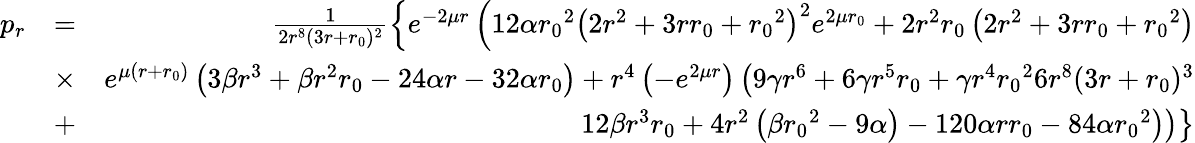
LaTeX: \begin{array}{rlr}{p_{r}}&{=}&{\frac{1}{2r^{8}(3r+{r_{0}})^{2}}\left\lbrace e^{-2\mu r}\left(12\alpha{r_{0}}^{2}\left(2r^{2}+3r{r_{0}}+{r_{0}}^{2}\right)^{2}e^{2\mu{r_{0}}}+2r^{2}{r_{0}}\left(2r^{2}+3r{r_{0}}+{r_{0}}^{2}\right)\right.\right.}\\ &{\times}&{\left.\left.e^{\mu(r+{r_{0}})}\left(3\beta r^{3}+\beta r^{2}{r_{0}}-24\alpha r-32\alpha{r_{0}}\right)+r^{4}\left(-e^{2\mu r}\right)\left(9\gamma r^{6}+6\gamma r^{5}{r_{0}}+\gamma r^{4}{r_{0}}^{2}6r^{8}(3r+{r_{0}})^{3}\right.\right.\right.}\\ &{+}&{\left.\left.\left.12\beta r^{3}{r_{0}}+4r^{2}\left(\beta{r_{0}}^{2}-9\alpha\right)-120\alpha r{r_{0}}-84\alpha{r_{0}}^{2}\right)\right)\right\rbrace}\end{array}